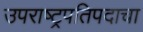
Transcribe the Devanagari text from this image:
उपराष्ट्रपतिपदाचा